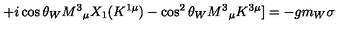
+ i \cos \theta _ { W } M ^ { 3 } { } _ { \mu } X _ { 1 } ( K ^ { 1 \mu } ) - \cos ^ { 2 } \theta _ { W } M ^ { 3 } { } _ { \mu } K ^ { 3 \mu } ] = - g m _ { W } \sigma